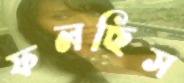
ফলছিস